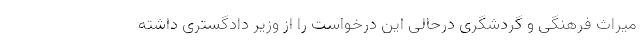
میراث فرهنگی و گردشگری درحالی این درخواست را از وزیر دادگستری داشته